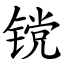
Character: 镋